Scottish Certificate of Education, 1963
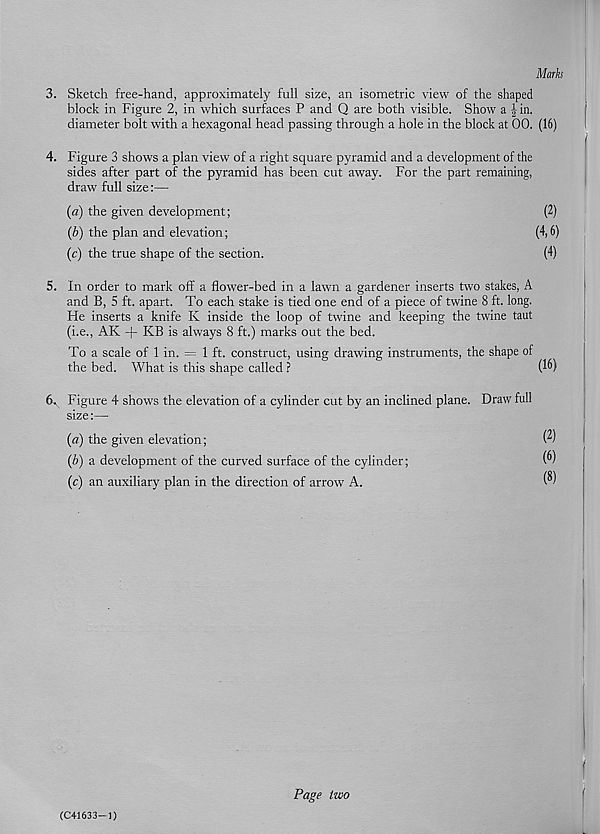
Marks
3. Sketch free-hand, approximately full size, an isometric view of the shaped
block in Figure 2, in which surfaces P and Q are both visible. Show a | in.
diameter bolt with a hexagonal head passing through a hole in the block at 00. (16)
4. Figure 3 shows a plan view of a right square pyramid and a development of the
sides after part of the pyramid has been cut away. For the part remaining,
draw full size:—
(a) the given development;
(2)
(b) the plan and elevation;
(4,6)
(c) the true shape of the section.
(4)
5. In order to mark off a flower-bed in a lawn a gardener inserts two stakes, A
and B, 5 ft. apart. To each stake is tied one end of a piece of twine 8 ft. long.
He inserts a knife K inside the loop of twine and keeping the twine taut
(i.e., AK + KB is always 8 ft.) marks out the bed.
To a scale of 1 in. = 1 ft. construct, using drawing instruments, the shape of
the bed. What is this shape called ?
(^)
6. Figure 4 shows the elevation of a cylinder cut by an inclined plane. Draw full
size:—
(a) the given elevation;
(b) a development of the curved surface of the cylinder;
(c) an auxiliary plan in the direction of arrow A.
(2)
(6)
(8)
Page two
(C41633-1)